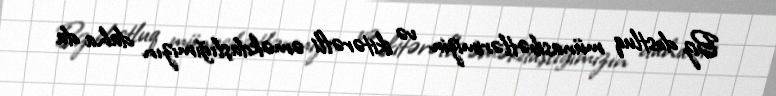
Biz dostluq münasibətlərimizin və ikitərəfli əməkdaşlığımızın daha da